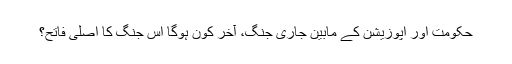
حکومت اور اپوزیشن کے مابین جاری جنگ، آخر کون ہوگا اس جنگ کا اصلی فاتح؟